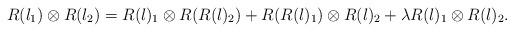
LaTeX: \begin{align*} R(l_1) \otimes R(l_2)=R(l)_1\otimes R(R(l)_2)+R(R(l)_1) \otimes R(l)_2+\lambda R(l)_1 \otimes R(l)_2.\end{align*}